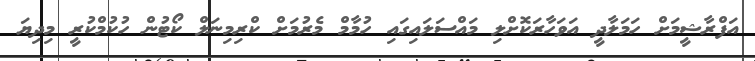
އަފްރާޝީމަށް ހަމަލާދީ އަވަހާރަކޮށްލި މައްސަލައިގައި ހުމާމް މެރުމަށް ކްރިމިނަލް ކޯޓުން ހުކުމްކުރީ މިދިޔަ